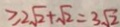
\geq 2 \sqrt { 2 } + \sqrt { 2 } = 3 \sqrt { 2 }